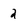
Character: 2